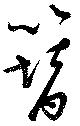
簪